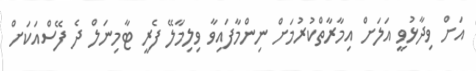
އަށް ވިދާޅުވީ އަލަށް އިމާރާތްކުރުމަށް ނިންމާފައިވާ ވިލިމާލޭ ފެރީ ޓާމިނަލް ދެ ފޭސްއަކަށް